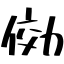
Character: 俲